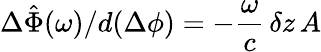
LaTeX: \Delta\hat{\Phi}(\omega)/d(\Delta\phi)=-\frac{\omega}{c}\, \delta z\, A